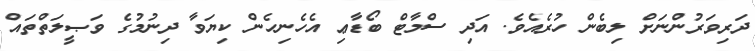
ދަރިވަރުންނަށް ލިބެން ހުރެއެވެ. އަދި ސްމާޓް ބޯޑާޢި އެހެނިހެން ކިޔަވާ ދިނުމުގެ ވަޞީލަތްތައް